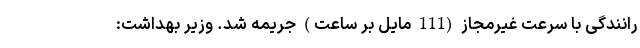
رانندگی با سرعت غیرمجاز (111 مایل بر ساعت) جریمه شد. وزیر بهداشت: